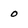
Character: 0